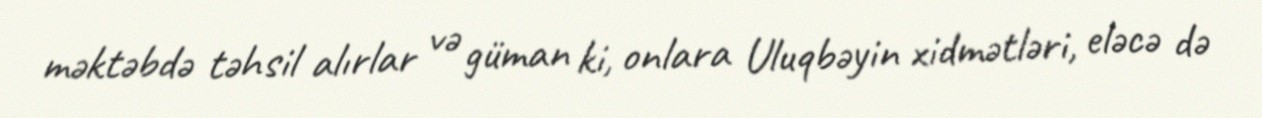
məktəbdə təhsil alırlar və güman ki, onlara Uluqbəyin xidmətləri, eləcə də